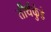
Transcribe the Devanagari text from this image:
तीर्थकुंडे